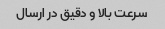
سرعت بالا و دقیق در ارسال